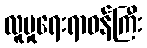
လူမှုရေးရာဝန်ကြီး